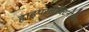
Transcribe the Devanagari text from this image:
हाइपरलैक्टिनीमिया